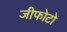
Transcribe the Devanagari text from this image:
जीफोटो